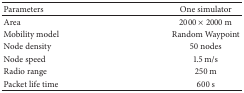
| Parameters | One simulator |
 | --- | --- |
 | Area | 2000 × 2000 m |
 | Mobility model | Random Waypoint |
 | Node density | 50 nodes |
 | Node speed | 1.5 m/s |
 | Radio range | 250 m |
 | Packet life time | 600 s |